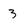
Character: 3